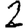
Digit: 2